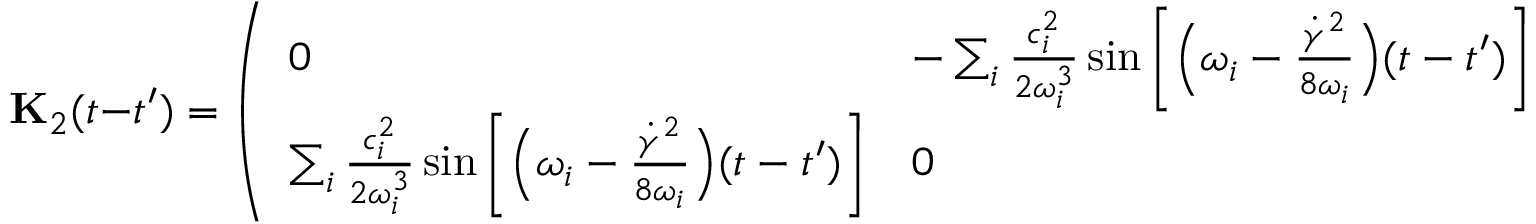
\mathbf { { K } } _ { 2 } ( t - t ^ { \prime } ) = \left( \begin{array} { l l } { 0 } & { - \sum _ { i } \frac { c _ { i } ^ { 2 } } { 2 \omega _ { i } ^ { 3 } } \sin \left[ \Bigl ( \omega _ { i } - \frac { \dot { \gamma } ^ { 2 } } { 8 \omega _ { i } } \Bigr ) ( t - t ^ { \prime } ) \right] } \\ { \sum _ { i } \frac { c _ { i } ^ { 2 } } { 2 \omega _ { i } ^ { 3 } } \sin \left[ \Bigl ( \omega _ { i } - \frac { \dot { \gamma } ^ { 2 } } { 8 \omega _ { i } } \Bigr ) ( t - t ^ { \prime } ) \right] } & { 0 } \end{array} \right)